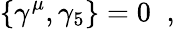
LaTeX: \left\lbrace\gamma^{\mu},\gamma_{5}\right\rbrace=0\; \; ,